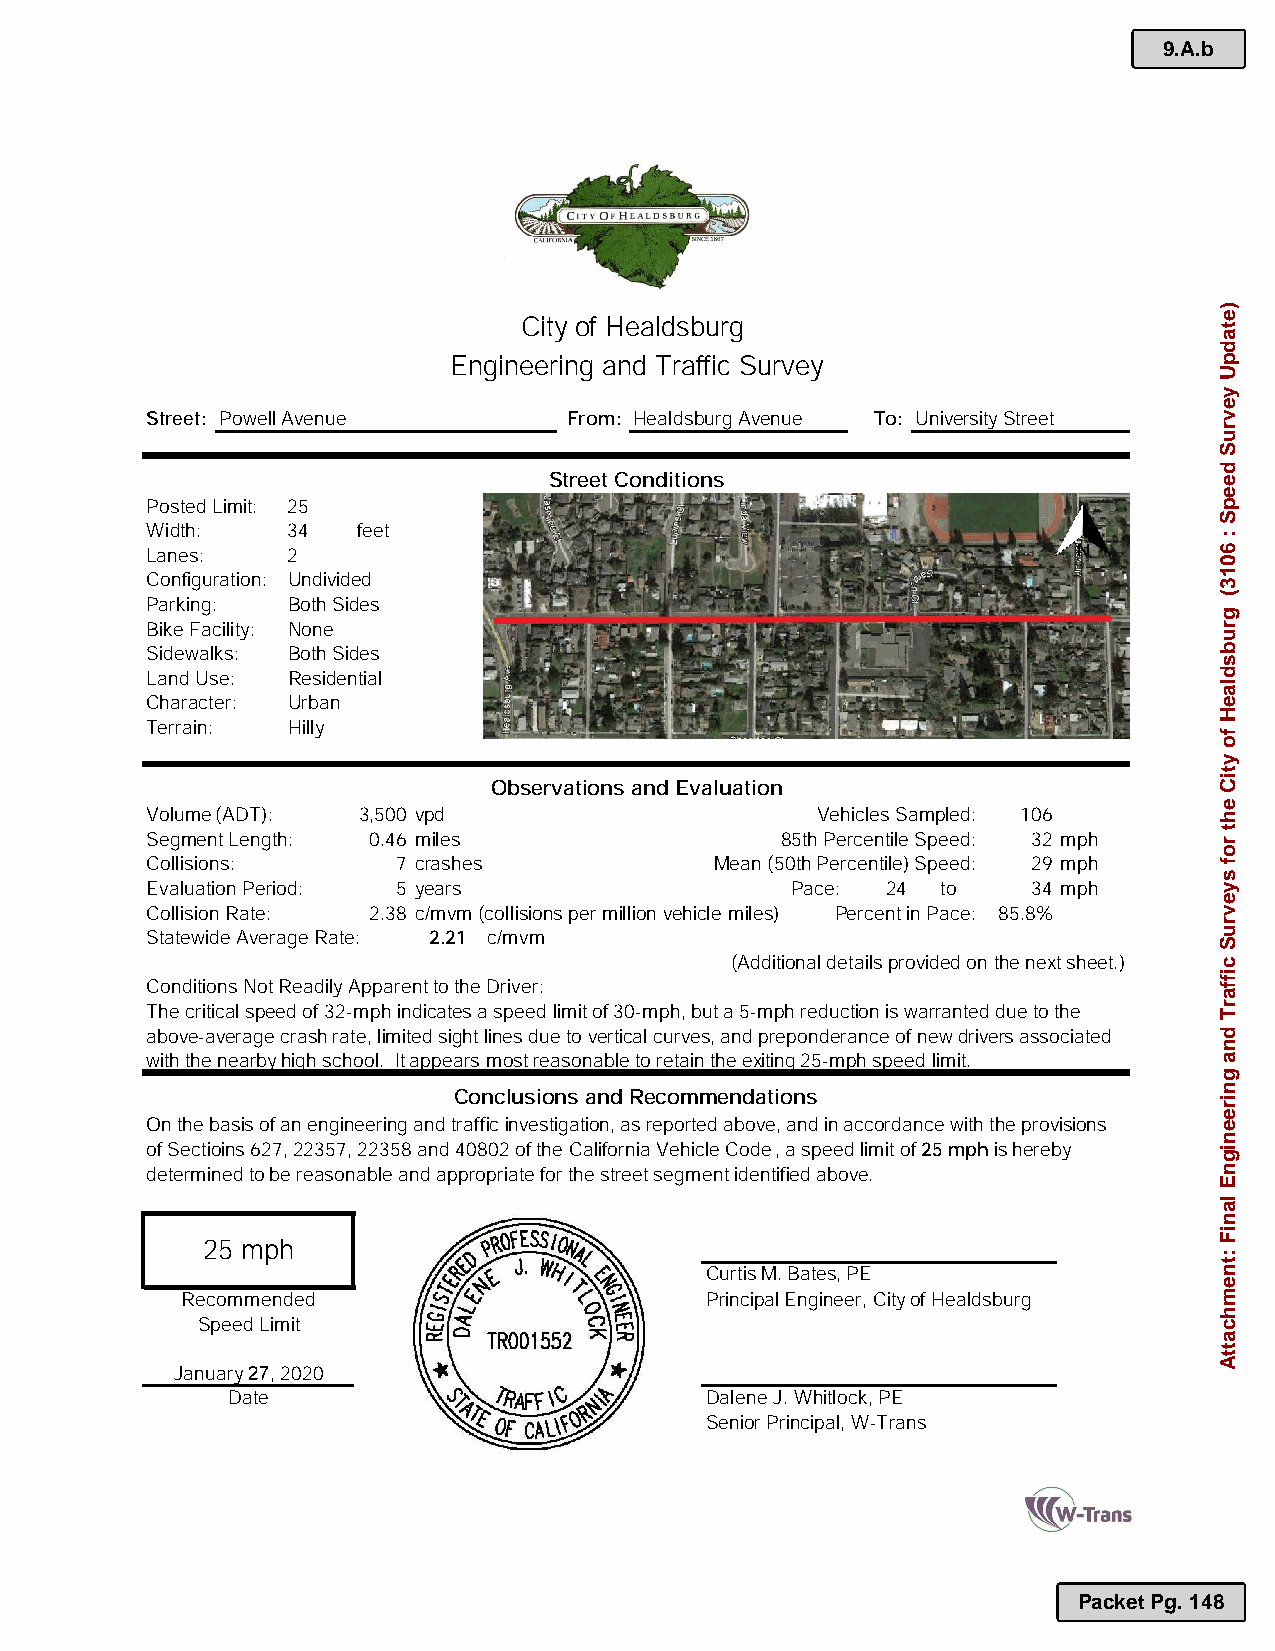
9.A.b
 City of Healdsburg
 Engineering and Traffic Survey
 Street: Powell Avenue       From: Healdsburg Avenue To: UniversityStreet
 Street Conditions
 Posted Limit: 25
 Width:   34   feet
 Lanes:   2
 Configuration: Undivided
 Parking: Both Sides
 Bike Facility: None
 Sidewalks: Both Sides
 Land Use: Residential
 Character: Urban
 Terrain: Hilly
 Observations and Evaluation
 Volume (ADT): 3,500 vpd                     Vehicles Sampled: 106
 Segment Length: 0.46 miles                85th Percentile Speed: 32 mph
 Collisions:     7 crashes            Mean (50th Percentile) Speed: 29 mph
 Evaluation Period: 5 years                Pace:  24 to    34 mph
 Collision Rate: 2.38 c/mvm(collisions per million vehicle miles) Percent in Pace: 85.8%
 Statewide Average Rate: 2.21 c/mvm
 (Additional detailsprovided on the next sheet.)
 Conditions Not Readily Apparent to the Driver:
 The critical speed of 32-mph indicates a speed limit of 30-mph, but a 5-mph reduction is warranted due to the
 above-average crash rate, limited sightlines due to vertical curves, and preponderance of newdrivers associated
 with the nearbyhigh school. It appears most reasonable to retain the exiting 25-mph speed limit.
 Conclusions and Recommendations
 On the basis of an engineering and traffic investigation, as reported above, and in accordance withthe provisions
 of Sectioins 627,22357, 22358 and 40802 of the California Vehicle Code, a speed limit of 25 mphis hereby
 determined to be reasonable and appropriate for the street segment identified above.
 25 mph
 Curtis M. Bates, PE
 Recommended                        Principal Engineer, Cityof Healdsburg
 Speed Limit
 January ,2020
 Date                            Dalene J.Whitlock,PE
 Senior Principal, W-Trans
 Packet Pg. 148
 )etadpU
 yevruS
 deepS
 :
 6013(
 grubsdlaeH
 fo
 ytiC
 eht
 rof
 syevruS
 ciffarT
 dna
 gnireenignE
 laniF
 :tnemhcattA